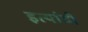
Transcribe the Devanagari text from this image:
इत्यांदी